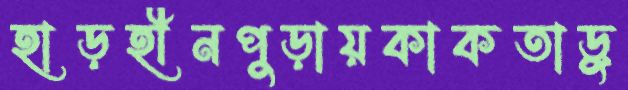
হাড়হীনপুড়ায়কাকতাড়ু